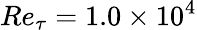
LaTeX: Re_{\tau}=1.0\times 10^{4}